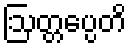
ဩတ္တပ္ပေတိ